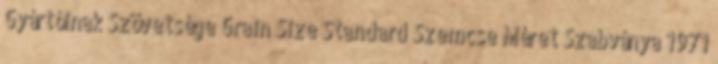
Gyártóinak Szövetsége Grain Size Standard Szemcse Méret Szabványa 1971